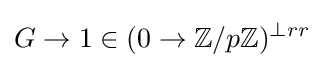
G\to 1\in (0\to {\mathbb {Z} }/p{\mathbb {Z} })^{\perp rr}